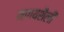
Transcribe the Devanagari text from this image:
नागयशैली